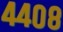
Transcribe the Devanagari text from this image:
४४०८